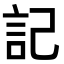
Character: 記